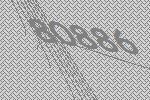
80886